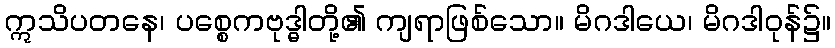
ဣသိပတနေ၊ ပစ္စေကဗုဒ္ဓါတို့၏ ကျရာဖြစ်သော။ မိဂဒါယေ၊ မိဂဒါဝုန်၌။